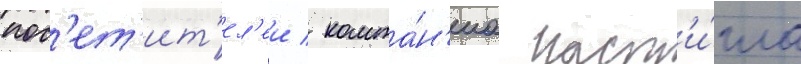
пос'ет'ит'ел'еи / компа́н'иа наст'и́гла